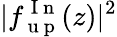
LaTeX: |f_{\mathrm{~u~p~}}^{\mathrm{~I~n~}}(z)|^{2}